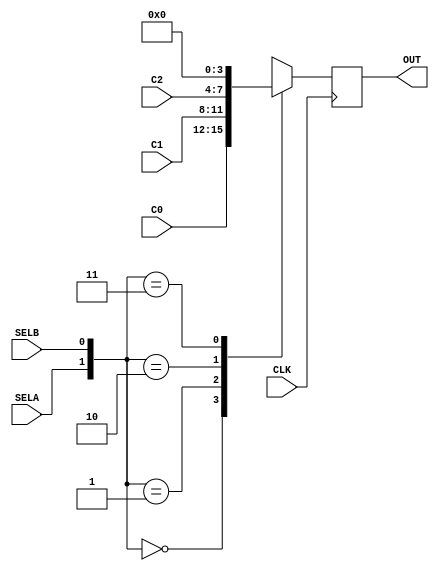
module DATASELECTOR(
		input CLK,
		input [3:0] C0,
		input [3:0] C1,
		input [3:0] C2,
		output reg [3:0] OUT,
		input SELA,
		input SELB
);

wire [1:0] select;
assign select = {SELA,SELB};


always @( posedge CLK ) begin
		case ( select )
			2'h0:		OUT <= C0;
			2'h1:		OUT <= C1;
			2'h2:		OUT <= C2;
			2'h3:		OUT <= 4'h0;
		endcase
end

endmodule